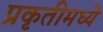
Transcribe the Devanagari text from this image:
प्रकृतीमध्येे